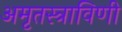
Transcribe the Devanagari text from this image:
अमृतस्त्राविणी